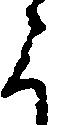
よ